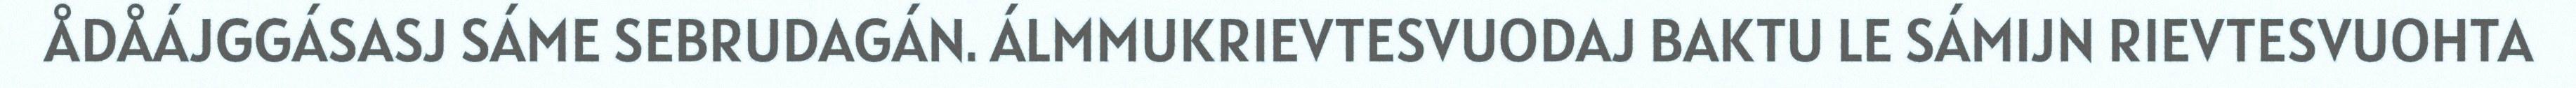
ÅDÅÁJGGÁSASJ SÁME SEBRUDAGÁN. ÁLMMUKRIEVTESVUODAJ BAKTU LE SÁMIJN RIEVTESVUOHTA